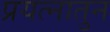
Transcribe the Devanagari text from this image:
प्रयत्नातुन